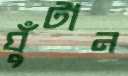
ঘুঁটান